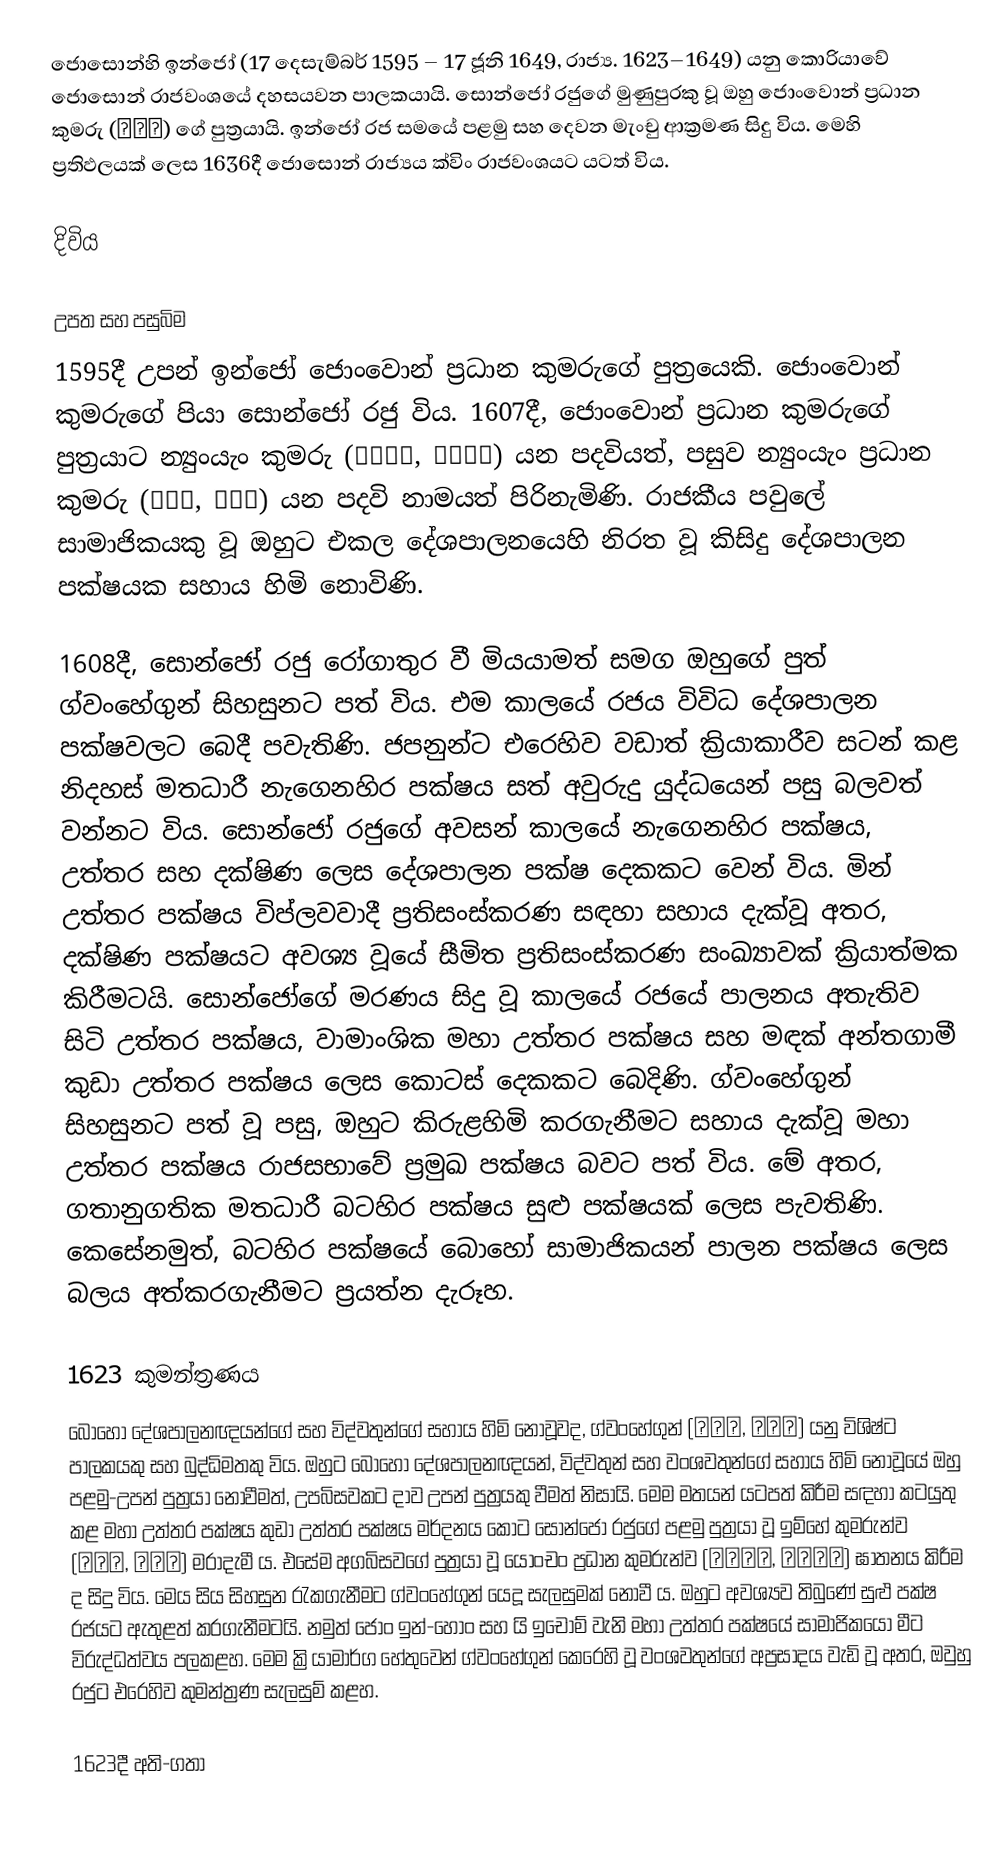
ජොසොන්හි ඉන්ජෝ (17 දෙසැම්බර් 1595 – 17 ජූනි 1649, රාජ්‍ය. 1623–1649) යනු කොරියාවේ ජොසොන් රාජවංශයේ දහසයවන පාලකයායි. සොන්ජෝ රජුගේ මුණුපුරකු වූ ඔහු ජොංවොන් ප්‍රධාන කුමරු (정원군) ගේ පුත්‍රයායි. ඉන්ජෝ රජ සමයේ පළමු සහ දෙවන මැංචු ආක්‍රමණ සිදු විය. මෙහි ප්‍රතිඵලයක් ලෙස 1636දී ජොසොන් රාජ්‍යය ක්විං රාජවංශයට යටත් විය.

දිවිය

උපත සහ පසුබිම
1595දී උපන් ඉන්ජෝ ජොංවොන් ප්‍රධාන කුමරුගේ පුත්‍රයෙකි. ජොංවොන් කුමරුගේ පියා සොන්ජෝ රජු විය. 1607දී, ජොංවොන් ප්‍රධාන කුමරුගේ පුත්‍රයාට න්‍යුංයැං කුමරු (綾陽都正, 능양도정) යන පදවියත්, පසුව න්‍යුංයැං ප්‍රධාන කුමරු (綾陽君, 능양군) යන පදවි නාමයත් පිරිනැමිණි. රාජකීය පවුලේ සාමාජිකයකු වූ ඔහුට එකල දේශපාලනයෙහි නිරත වූ කිසිදු දේශපාලන පක්ෂයක සහාය හිමි නොවිණි‍.

1608දී, සොන්ජෝ රජු රෝගාතුර වී මියයාමත් සමග ඔහුගේ පුත් ග්වංහේගුන් සිහසුනට පත් විය. එම කාලයේ රජය විවිධ දේශපාලන පක්ෂවලට බෙදී පවැතිණි. ජපනුන්ට එරෙහිව වඩාත් ක්‍රියාකාරීව සටන් කළ නිදහස් මතධාරී නැගෙනහිර පක්ෂය සත් අවුරුදු යුද්ධයෙන් පසු බලවත් වන්නට විය. සොන්ජෝ රජුගේ අවසන් කාලයේ නැගෙනහිර පක්ෂය, උත්තර සහ දක්ෂිණ ලෙස දේශපාලන පක්ෂ දෙකකට වෙන් විය. මින් උත්තර පක්ෂය විප්ලවවාදී ප්‍රතිසංස්කරණ සඳහා සහාය දැක්වූ අතර, දක්ෂිණ පක්ෂයට අවශ්‍ය වූයේ සීමිත ප්‍රතිසංස්කරණ සංඛ්‍යාවක් ක්‍රියාත්මක කිරීමටයි. සොන්ජෝගේ මරණය සිදු වූ කාලයේ රජයේ පාලනය අතැතිව සිටි උත්තර පක්ෂය, වාමාංශික මහා උත්තර පක්ෂය සහ මඳක් අන්තගාමී කුඩා උත්තර පක්ෂය ලෙස කොටස් දෙකකට බෙදිණි. ග්වංහේගුන් සිහසුනට පත් වූ පසු, ඔහුට කිරුළහිමි කරගැනීමට සහාය දැක්වූ මහා උත්තර පක්ෂය රාජසභාවේ ප්‍රමුඛ පක්ෂය බවට පත් විය. මේ අතර, ගතානුගතික මතධාරී බටහිර පක්ෂය සුළු පක්ෂයක් ලෙස පැවතිණි. කෙසේනමුත්, බටහිර පක්ෂයේ බොහෝ සාමාජිකයන් පාලන පක්ෂය ලෙස බලය අත්කරගැනීමට ප්‍රයත්න දැරූහ.

1623 කුමන්ත්‍රණය
බොහෝ දේශපාලනඥයන්ගේ සහ විද්වතුන්ගේ සහාය හිමි නොවූවද, ග්වංහේගුන් (光海君, 광해군) යනු විශිෂ්ට පාලකයකු සහ බුද්ධිමතකු විය. ඔහුට බොහෝ දේශපාලනඥයන්, විද්වතුන් සහ වංශවතුන්ගේ සහාය හිමි නොවූයේ ඔහු පළමු-උපන් පුත්‍රයා නොවීමත්, උපබිසවකට දාව උපන් පුත්‍රයකු වීමත් නිසායි. මෙම මතයන් යටපත් කිරීම සඳහා කටයුතු කළ මහා උත්තර පක්ෂය කුඩා උත්තර පක්ෂය මර්දනය කොට සොන්ජෝ රජුගේ පළමු පුත්‍රයා වූ ඉම්හේ කුමරුන්ව (臨海君, 임해군) මරාදැමී ය. එසේම අගබිසවගේ පුත්‍රයා වූ යොංචං ප්‍රධාන කුමරුන්ව (永昌大君, 영창대군) ඝාතනය කිරීම ද සිදු විය. මෙය සිය සිහසුන රැකගැනීමට ග්වංහේගුන් යෙදූ සැලසුමක් නොවී ය. ඔහුට අවශ්‍යව තිබුණේ සුළු පක්ෂ රජයට ඇතුළත් කරගැනීමටයි. නමුත් ජොං ඉන්-හොං සහ යි ඉචොම් වැනි මහා උත්තර පක්ෂයේ සාමාජිකයෝ මීට විරුද්ධත්වය පලකළහ. මෙම ක්‍රියාමාර්ග හේතුවෙන් ග්වංහේගුන් කෙරෙහි වූ වංශවතුන්ගේ අප්‍රසාදය වැඩි වූ අතර, ඔවුහු රජුට එරෙහිව කුමන්ත්‍රණ සැලසුම් කළහ.

1623දී අති-ගතා